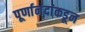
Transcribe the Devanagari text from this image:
पूर्णानंदांकडून